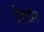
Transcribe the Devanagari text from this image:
रेन्डीर